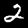
Label: 2